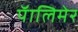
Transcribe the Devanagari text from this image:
पॅालिमेर